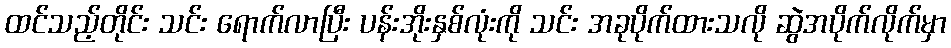
ထင်သည့်တိုင်း သင်း ရောက်လာပြီး ပန်းအိုးနှစ်လုံးကို သင်း အခုပိုက်ထားသလို ဆွဲအပိုက်လိုက်မှာ